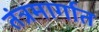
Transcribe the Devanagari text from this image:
तंत्रमार्गात